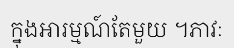
ក្នុងអារម្មណ៍តែមួយ ។ភាវៈ